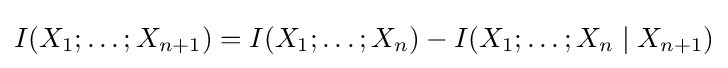
I(X_{1};\ldots ;X_{n+1})=I(X_{1};\ldots ;X_{n})-I(X_{1};\ldots ;X_{n}\mid X_{n+1})